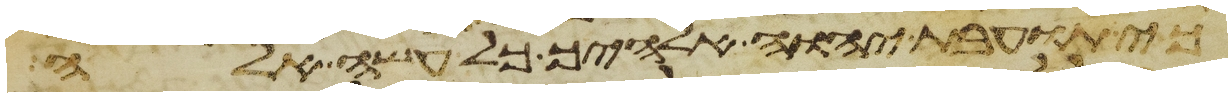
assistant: כי תועבת יהוה אלהיך כל עשה אלה